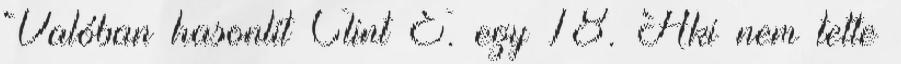
Valóban hasonlí­t Clint E. egy 18. Aki nem tette